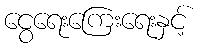
ငွေရေးကြေးရေးနှင့်